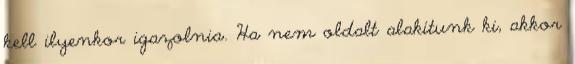
kell ilyenkor igazolnia. Ha nem oldalt alakítunk ki, akkor